Vaccination in the Punjab 1905-1918 - 1905-1918
Year: 1905
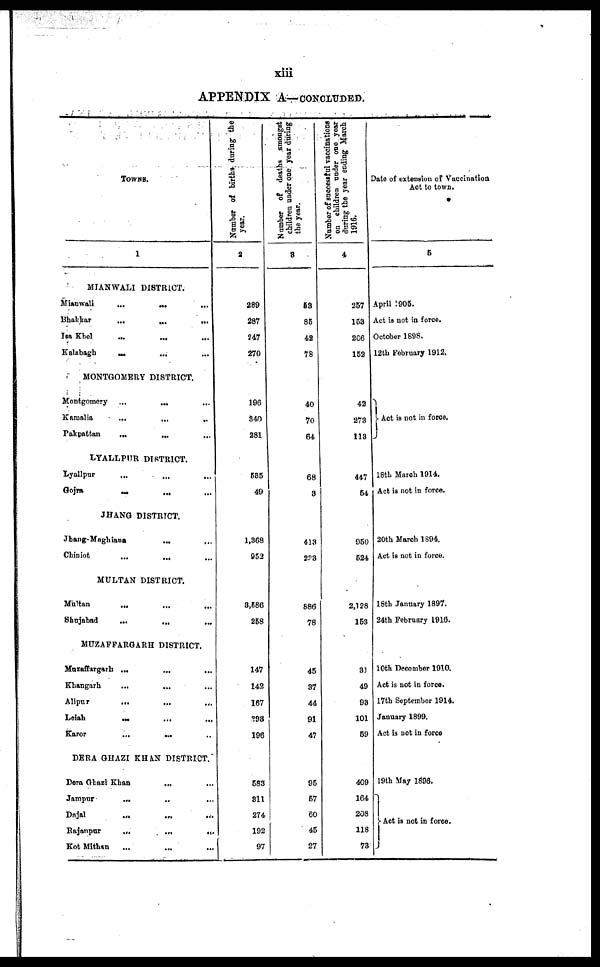
xiii
APPENDIX A—CONCLUDED.
TOWNS.
1
MIANWALI DISTRICT.
Mianwali
...
...
...
Bhakkar ... ... ...
Iaa Khel
...
...
...
Kalabagh
...
...
...
MONTGOMERY DISTRICT.
Montgomery
...
... ...
Kamalia
...
...
...
Pakpattan ... ... ...
LYALLPUR DISTRICT.
Lyallpur
...
...
...
Gojra
... ... ...
JHANG DISTRICT.
Jhang-Maghiana ... ...
Chiniot
...
... ...
MULTAN DISTRICT.
Multan ... ... ...
Shajabad
...
...
...
MUZAFFARGARH DISTRICT.
Muzaffargarh ... ... ...
Khangarh
...
... ...
Alipur
...
...
...
Leiah
... ... ...
Karor
...
... ...
DERA GHAZI KHAN DISTRICT.
Dera Ghazi Khan ... ...
Jampur
...
...
...
Dajal
...
...
...
Rajanpur
...
...
...
Kot Mithan ... ... ...
Number of births during the
year.
2
289
287
247
270
196
340
281
585
49
1,368
952
3,586
258
147
142
167
298
196
583
811
274
192
97
Number of deaths amongst
children under one year during
the year.
3
53
85
42
78
40
70
64
68
8
418
238
886
78
45
87
44
91
47
95
57
60
45
27
Number of successful vaccinations
on children under one year
during the year ending March
1916.
4
257
158
206
152
42
273
118
447
54
950
524
2,128
153
81
49
98
101
59
409
164
208
118
73
Date of extension of Vaccination
Act to town.
5
April 1905.
Act is not in force.
October 1898.
12th February 1912.
Act is not in force.
18th March 1914.
Act is not in force.
20th March 1894.
Act is not in force.
18th January 1897.
24th February 1916.
10th December 1910.
Act is not in force.
17th September 1914.
January 1899.
Act is not in force
19th May 1896.
Act is not in force.